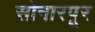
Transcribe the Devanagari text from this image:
सोनारपूर